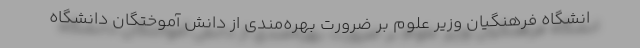
انشگاه فرهنگیان وزیر علوم بر ضرورت بهره‌مندی از دانش آموختگان دانشگاه